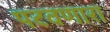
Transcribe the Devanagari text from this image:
पटवणारा